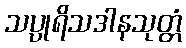
သပ္ပုရိသဒါနသုတ္တံ